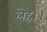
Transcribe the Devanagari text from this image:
लेह।।